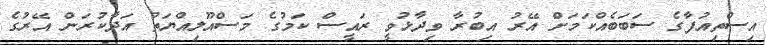
އިސްތިއުފާގެ ސަބަބެއްކަމަށް އޭރު އިބުރާ ވިދާޅުވީ ރައީސް ކަމުގެ މަސްއޫލިއްޔަތު އަދާކުރަން އޭރުގެ